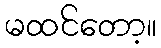
မထင်တော့။